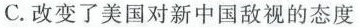
C.改变了美国对新中国敌视的态度